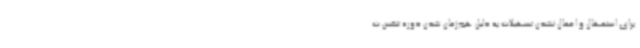
برای استمهال و اعمال نشدن تسهیلات به دلیل هم‌زمان شدن دوره تنفس ت